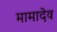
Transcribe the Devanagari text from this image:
मामादेव